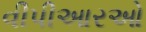
વીપીઆરઓ